Indian journal of veterinary science and animal husbandry - Volume 12,
Year: 1942
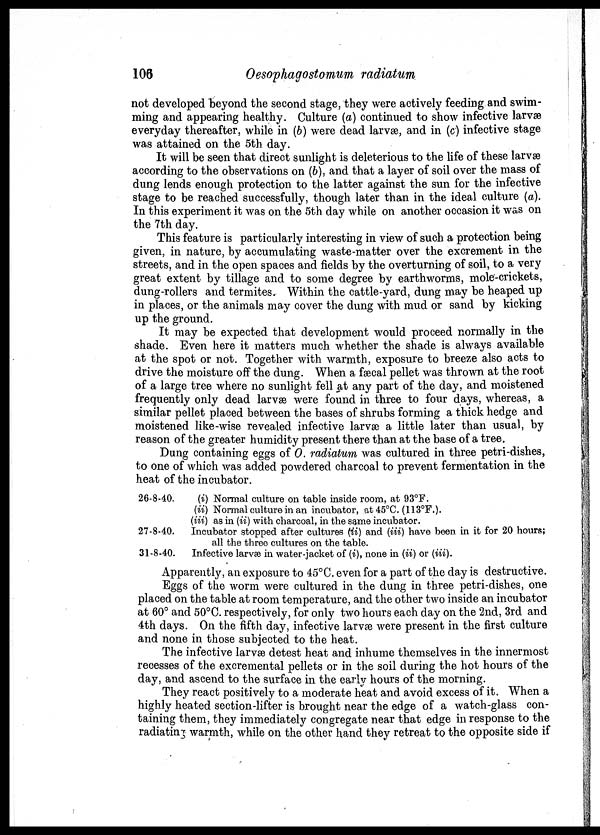
106
Oesophagostomum radiatum
not developed beyond the second stage, they were actively feeding and swim-
ming and appearing healthy. Culture (a) continued to show infective larvæ
everyday thereafter, while in (b) were dead larvæ, and in (c) infective stage
was attained on the 5th day.
It will be seen that direct sunlight is deleterious to the life of these larvæ
according to the observations on (b), and that a layer of soil over the mass of
dung lends enough protection to the latter against the sun for the infective
stage to be reached successfully, though later than in the ideal culture (a).
In this experiment it was on the 5th day while on another occasion it was on
the 7th day.
This feature is particularly interesting in view of such a protection being
given, in nature, by accumulating waste-matter over the excrement in the
streets, and in the open spaces and fields by the overturning of soil, to a very
great extent by tillage and to some degree by earthworms, mole-crickets,
dung-rollers and termites. Within the cattle-yard, dung may be heaped up
in places, or the animals may cover the dung with mud or sand by kicking
up the ground.
It may be expected that development would proceed normally in the
shade. Even here it matters much whether the shade is always available
at the spot or not. Together with warmth, exposure to breeze also acts to
drive the moisture off the dung. When a fæcal pellet was thrown at the root
of a large tree where no sunlight fell at any part of the day, and moistened
frequently only dead larvæ were found in three to four days, whereas, a
similar pellet placed between the bases of shrubs forming a thick hedge and
moistened like-wise revealed infective larvæ a little later than usual, by
reason of the greater humidity present there than at the base of a tree.
Dung containing eggs of O. radiatum was cultured in three petri-dishes,
to one of which was added powdered charcoal to prevent fermentation in the
heat of the incubator.
26-8-40.
27-8-40.
31-8-40.
(i) Normal culture on table inside room, at 93°F.
(ii) Normal culture in an incubator, at45°C. (113°F.).
(iii) as in (ii) with charcoal, in the same incubator.
Incubator stopped after cultures (ii) and (iii) have been in it for 20 hours;
all the three cultures on the table.
Infective larvæ in water-jacket of (i), none in (ii) or (iii).
Apparently, an exposure to 45°C. even for a part of the day is destructive.
Eggs of the worm were cultured in the dung in three petri-dishes, one
placed on the table at room temperature, and the other two inside an incubator
at 60° and 50°C. respectively, for only two hours each day on the 2nd, 3rd and
4th days. On the fifth day, infective larvæ were present in the first culture
and none in those subjected to the heat.
The infective larvæ detest heat and inhume themselves in the innermost
recesses of the excremental pellets or in the soil during the hot hours of the
day, and ascend to the surface in the early hours of the morning.
They react positively to a moderate heat and avoid excess of it. When a
highly heated section-lifter is brought near the edge of a watch-glass con-
taining them, they immediately congregate near that edge in response to the
radiating warmth, while on the other hand they retreat to the opposite side if